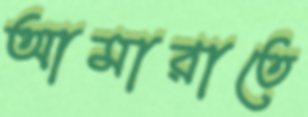
আমারাতে